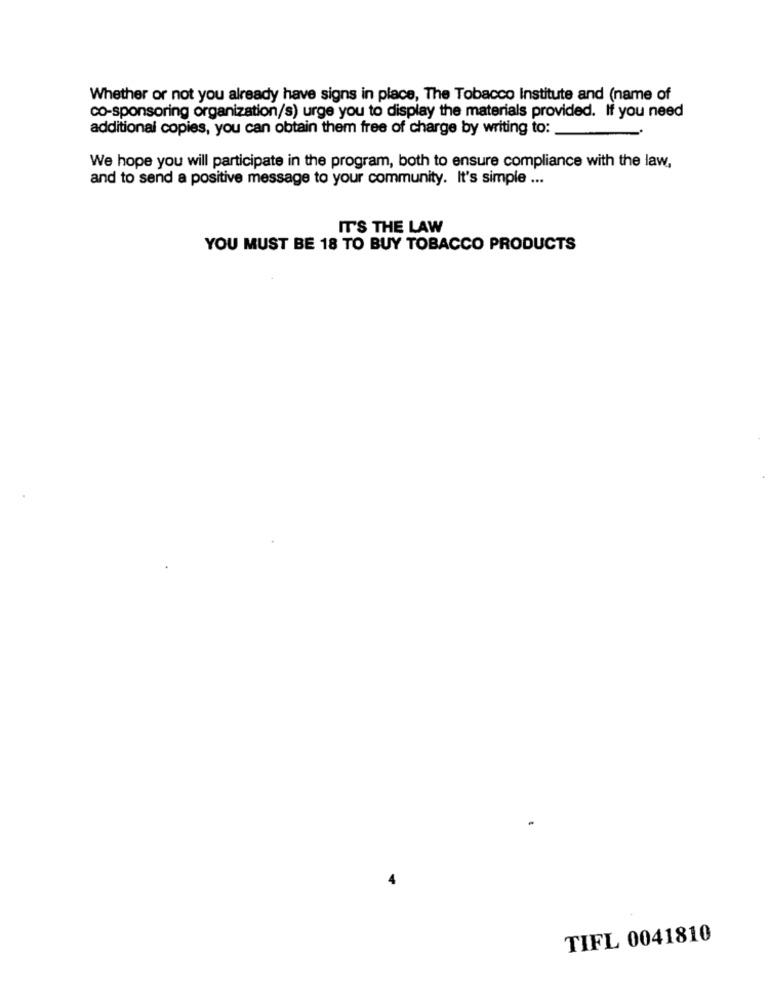
Whether or not you already have signs in place, The Tobacco Institute and (name of
co-sponsoring organization/s) urge you to display the materials provided. If you need
additional copies, you can obtain them free of charge by writing to:
We hope you will participate in the program, both to ensure compliance with the law,
and to send a positive message to your community. It's simple ...
IT'S THE LAW
YOU MUST BE 18 TO BUY TOBACCO PRODUCTS
TIFL 0041810